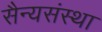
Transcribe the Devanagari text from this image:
सैन्यसंस्था